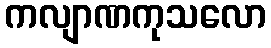
ကလျာဏကုသလော